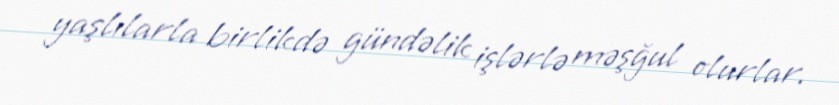
yaşlılarla birlikdə gündəlik işlərlə məşğul olurlar.